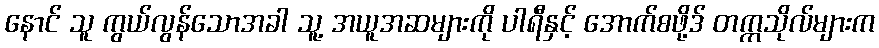
နောင် သူ ကွယ်လွန်သောအခါ သူ့ အယူအဆများကို ပါရီနှင့် အောက်စဖို့ဒ် တက္ကသိုလ်များက